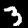
Digit: 3